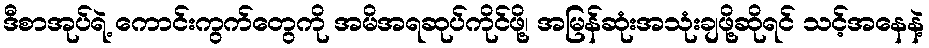
ဒီစာအုပ်ရဲ့ ကောင်းကွက်တွေကို အမိအရဆုပ်ကိုင်ဖို့၊ အမြန်ဆုံးအသုံးချဖို့ဆိုရင် သင့်အနေနဲ့